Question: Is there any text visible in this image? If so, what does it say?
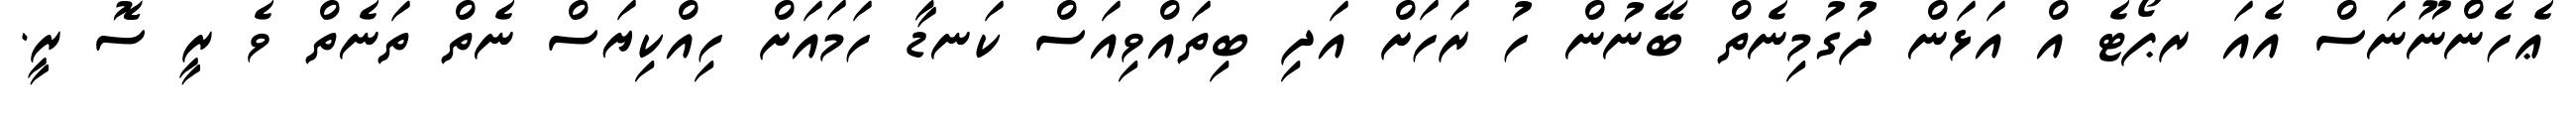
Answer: ޢެހެންނޫނަސް އެއަ ރޕޯޓެ އް އަޅަން ދުގުމިނެތް ބޭނުން ހު ރަހަށް އަދި ބިތައްވިއަސް ކަނޑާ ހަމައަށް ހިއްކިޔަސް ނެތް ތަނެތް ވެ ރީ ސޮ ރީ.